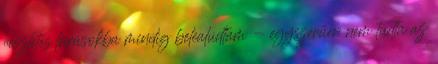
részletes leírásokba mindig belealudtam - egyszerűen nem tudta az